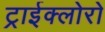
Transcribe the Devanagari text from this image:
ट्राईक्लोरो